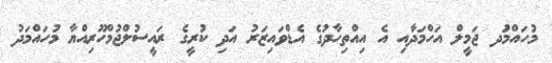
މުހައްމަުދ ޖަމީލް އަހްމަދާއި އެ އިއްތިހާދުގެ އެޑްވައިޒަރު އަދި ކުރީގެ ރައީސުލްޖުމްހޫރިއްޔާ މުހައްމަދު